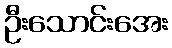
ဦးသောင်းအေး